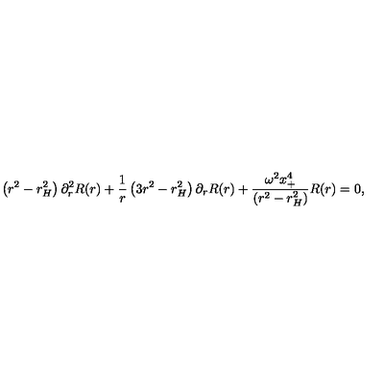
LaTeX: \left( r ^ { 2 } - r _ { H } ^ { 2 } \right) \partial _ { r } ^ { 2 } R ( r ) + \frac { 1 } { r } \left( 3 r ^ { 2 } - r _ { H } ^ { 2 } \right) \partial _ { r } R ( r ) + \frac { \omega ^ { 2 } x _ { + } ^ { 4 } } { ( r ^ { 2 } - r _ { H } ^ { 2 } ) } R ( r ) = 0 ,